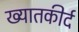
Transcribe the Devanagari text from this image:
ख्यातकीर्द